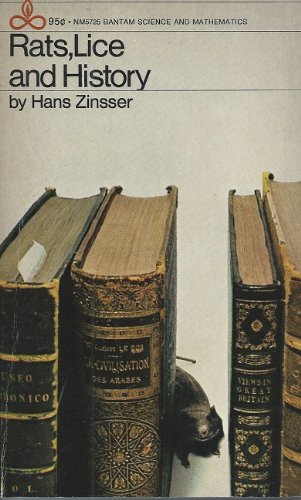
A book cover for Rats, Lice and History: Being a Study in Biography, Which, After Twelve Preliminary Chapters Indispensible for the Preparation of the Lay Reader; hans zinsser; Health, Fitness & Dieting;